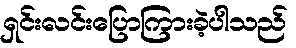
ရှင်းလင်းပြောကြားခဲ့ပါသည်